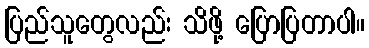
ပြည်သူတွေလည်း သိဖို့ ပြောပြတာပါ။